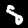
Label: 5